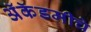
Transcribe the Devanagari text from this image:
अॅकॅडमीचे